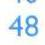
48